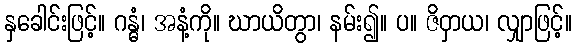
နှခေါင်းဖြင့်။ ဂန္ဓံ၊ အနံ့ကို။ ဃာယိတွာ၊ နမ်း၍။ ပ။ ဇိဝှာယ၊ လျှာဖြင့်။